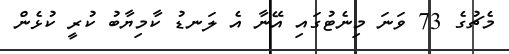
މެޗުގެ 73 ވަނަ މިނެޓުގައި އޭނާ އެ ލަނޑު ކާމިޔާބު ކުރީ ކުޅެން